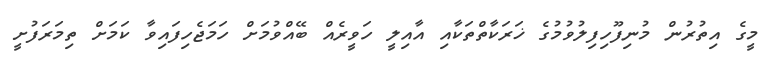
މީގެ އިތުރުން މުނިފޫހިފިލުވުމުގެ ޚަރަކާތްތަކާއި އާއިލީ ހަވީރެއް ބޭއްވުމަށް ހަމަޖެހިފައިވާ ކަމަށް ތިމަރަފުށީ